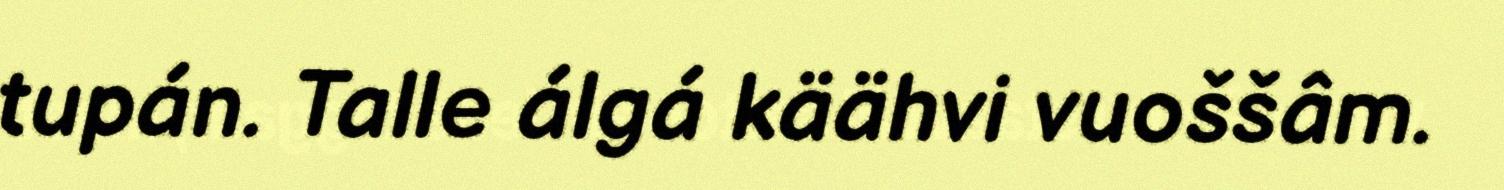
tupán. Talle álgá käähvi vuoššâm.